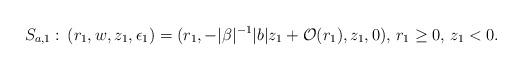
LaTeX: \begin{align*} S_{a,1}:\,(r_1,w,z_1,\epsilon_1)=(r_1,-\vert \beta \vert^{-1} {\vert b\vert} z_1+\mathcal O(r_1),z_1,0),\,r_1\ge 0,\,z_1<0.\end{align*}